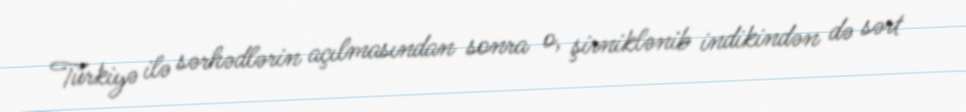
Türkiyə ilə sərhədlərin açılmasından sonra o, şirniklənib indikindən də sərt